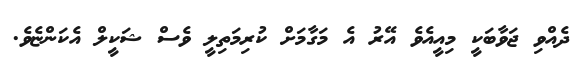
ދެއްވި ޖަވާބަކީ މިއީއެވެ އޭރު އެ މަގާމަށް ކުރިމަތިލީ ވެސް ޝަކީލް އެކަންޏެވެ.